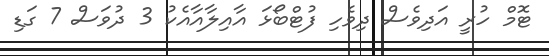
ޓޮމް ހުރީ އަދިވެސް ދިވެހި ފުޓްބޯޅަ އާއިލާއާއެކު 3 ދުވަސް 7 ގަޑި